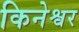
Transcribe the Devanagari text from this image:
किनेश्वर